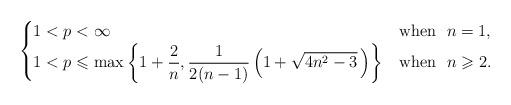
LaTeX: \begin{align*}\begin{cases}1<p<\infty&\mbox{when}\ \ n=1,\\\displaystyle{1<p\leqslant \max\left\{1+\frac{2}{n},\frac{1}{2(n-1)}\left(1+\sqrt{4n^2-3}\,\right)\right\}}&\mbox{when}\ \ n\geqslant 2.\end{cases}\end{align*}